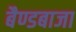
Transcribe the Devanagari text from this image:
बैण्डबाजा